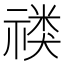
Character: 𱵟